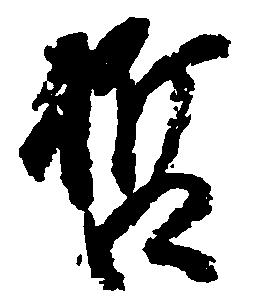
哲